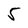
Character: 5